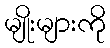
မျိုးများကို